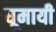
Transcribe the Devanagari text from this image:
घूमायी